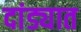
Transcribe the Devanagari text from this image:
दांड्यात